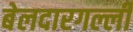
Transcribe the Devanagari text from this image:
बेलदारगल्ली